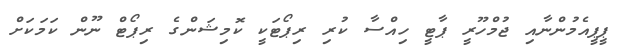
ޕީޕީއެމުންނާއި ޖުމްހޫރީ ޕާޓީ ހިއްސާ ކުރި ރިޕޯޓަކީ ކޮމިޝަންގެ ރިޕޯޓް ނޫން ކަމަކަށް